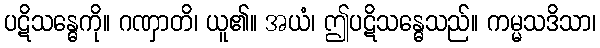
ပဋိသန္ဓေကို။ ဂဏှာတိ၊ ယူ၏။ အယံ၊ ဤပဋိသန္ဓေသည်။ ကမ္မသဒိသာ၊